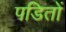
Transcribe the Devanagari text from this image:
पडितों